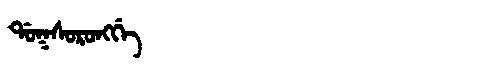
Manchu: ᡩᠣᡴᠰᠣᡵᠣᠩᡤᡝ
Romanization: DOKSORONGGE